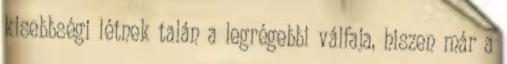
kisebbségi létnek talán a legrégebbi válfaja, hiszen már a